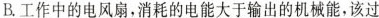
B.工作中的电风扇，消耗的电能大于输出的机械能，该过